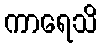
ကာရေသိ